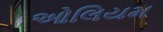
ઓલિયમ